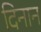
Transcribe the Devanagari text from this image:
दिनान